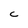
Character: C